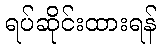
ရပ်ဆိုင်းထားရန်